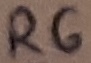
Text: R6